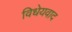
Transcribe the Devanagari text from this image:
विधेयवाद